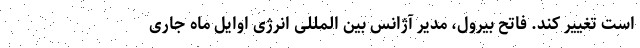
است تغییر کند. فاتح بیرول، مدیر آژانس بین المللی انرژی اوایل ماه جاری